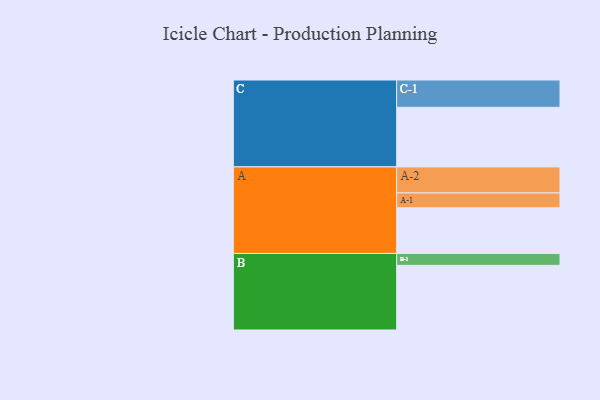
{"axis": {"x": "Segment", "y": "Value"}, "legend": ["", "A", "B", "C"], "data": [{"x": "A", "y": 388, "type": ""}, {"x": "B", "y": 549, "type": ""}, {"x": "C", "y": 506, "type": ""}, {"x": "A-1", "y": 126, "type": "A"}, {"x": "A-2", "y": 221, "type": "A"}, {"x": "B-1", "y": 101, "type": "B"}, {"x": "C-1", "y": 232, "type": "C"}]}